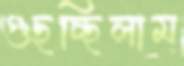
গুছচ্ছিলাম